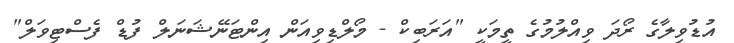
އުޑުވިލާގެ ރޯދަ ވިއްލުމުގެ ތީމަކީ "އަރަބިކް - މޯލްޑިވިއަން އިންޓަނޭޝަނަލް ފުޑް ފެސްޓިވަލް"